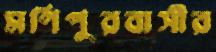
মণিপুরবাসীর